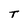
Character: T